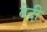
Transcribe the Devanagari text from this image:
देदी